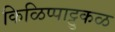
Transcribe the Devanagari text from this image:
किळिप्पाट्टुकळ